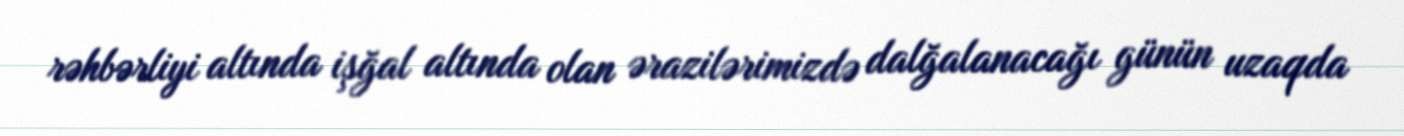
rəhbərliyi altında işğal altında olan ərazilərimizdə dalğalanacağı günün uzaqda